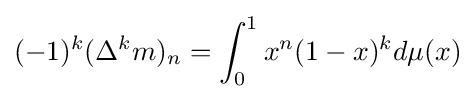
(-1)^{k}(\Delta ^{k}m)_{n}=\int _{0}^{1}x^{n}(1-x)^{k}d\mu (x)